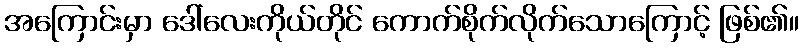
အကြောင်းမှာ ဒေါ်လေးကိုယ်တိုင် ကောက်စိုက်လိုက်သောကြောင့် ဖြစ်၏။